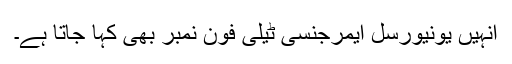
انہیں یونیورسل ایمرجنسی ٹیلی فون نمبر بھی کہا جاتا ہے۔